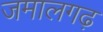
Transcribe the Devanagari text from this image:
जमालगढ़